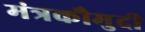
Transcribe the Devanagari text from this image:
मंत्रकौमुदी